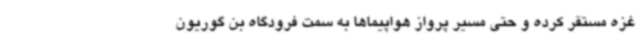
غزه مستقر کرده و حتی مسیر پرواز هواپیماها به سمت فرودگاه بن گوریون